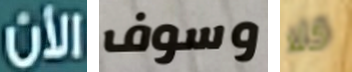
الأن وسوف كلا